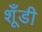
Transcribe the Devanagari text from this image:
शूँडी